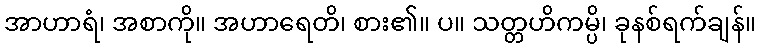
အာဟာရံ၊ အစာကို။ အဟာရေတိ၊ စား၏။ ပ။ သတ္တဟိကမ္ပိ၊ ခုနစ်ရက်ချန်။